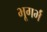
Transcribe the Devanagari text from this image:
भूगर्भं